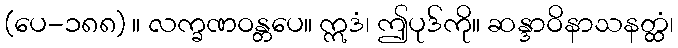
(ပေ-၁၈၈) ။ လက္ခဏဝန္တပေ။ ဣဒံ၊ ဤပုဒ်ကို။ ဆန္ဒာဝိနာသနတ္ထံ၊